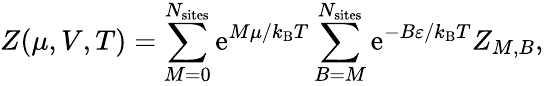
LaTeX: Z(\mu,V,T)=\sum_{M=0}^{N_{\mathrm{sites}}}\mathrm{e}^{M\mu/k_{\mathrm{B}}T}\sum_{B=M}^{N_{\mathrm{sites}}}\mathrm{e}^{-B\varepsilon/k_{\mathrm{B}}T}Z_{{M,B}},